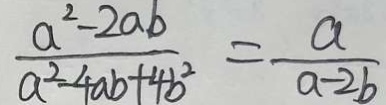
\frac { a ^ { 2 } - 2 a b } { a ^ { 2 } - 4 a b + 4 b ^ { 2 } } = \frac { a } { a - 2 b }